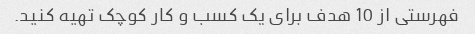
فهرستی از 10 هدف برای یک کسب و کار کوچک تهیه کنید.